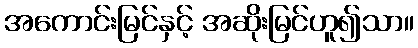
အကောင်းမြင်နှင့် အဆိုးမြင်ဟူ၍သာ။